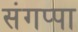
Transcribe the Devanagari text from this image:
संगप्पा